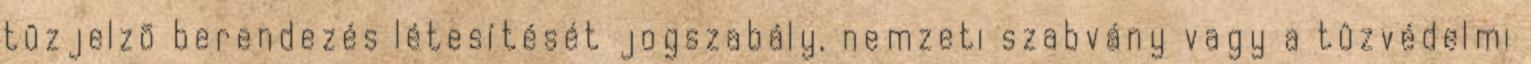
tûzjelzõ berendezés létesítését jogszabály, nemzeti szabvány vagy a tûzvédelmi